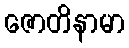
ဇောတိနာမာ